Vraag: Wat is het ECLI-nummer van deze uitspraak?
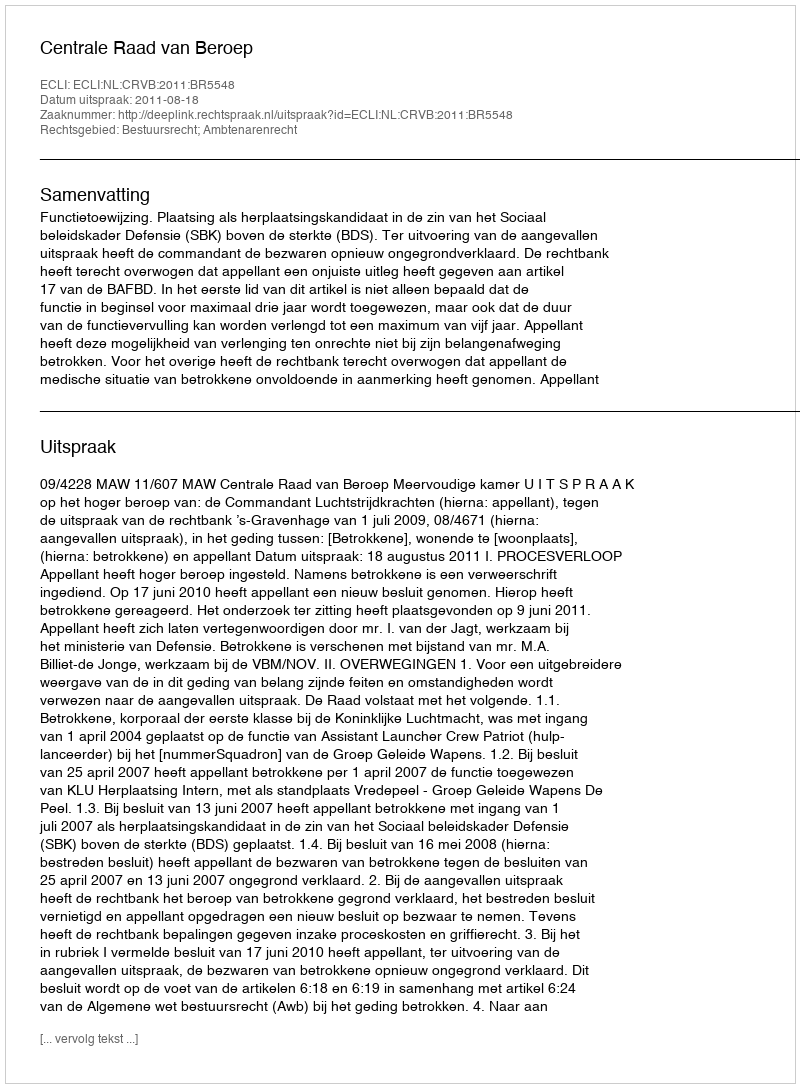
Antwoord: ECLI:NL:CRVB:2011:BR5548